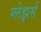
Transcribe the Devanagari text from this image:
ग्लेझर्स